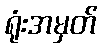
ရုံးအမှတ်